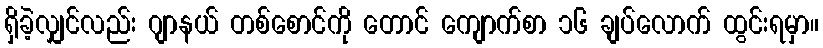
ရှိခဲ့လျှင်လည်း ဂျာနယ် တစ်စောင်ကို တောင် ကျောက်စာ ၁၆ ချပ်လောက် ထွင်းရမှာ။